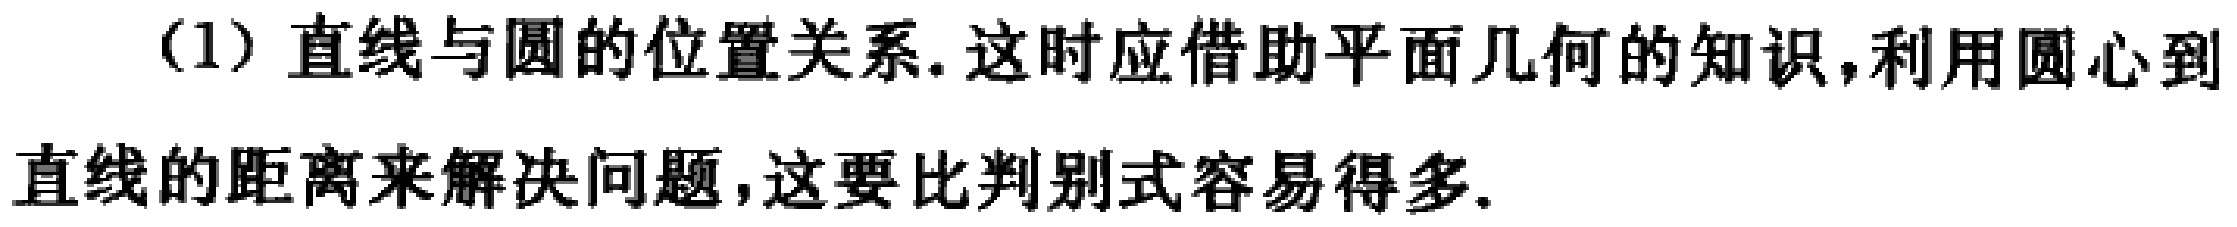
(1) 直线与圆的位置关系. 这时应借助平面几何的知识, 利用圆心到直线的距离来解决问题, 这要比判别式容易得多.